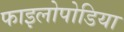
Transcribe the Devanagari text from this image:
फाइलोपोडिया